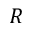
\boldsymbol { R }